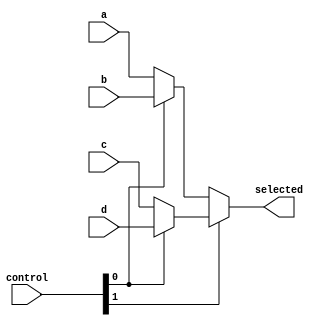
module mux_32bit_4in(
    input wire [1:0] control,
    input wire [31:0] a,b,c,d,
    output wire [31:0] selected
);

    assign selected = (control[1]) ? (control[0]?d:c) : (control[0]?b:a);

endmodule